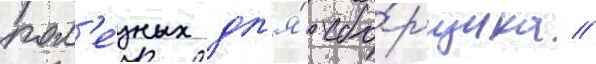
пол'е́зных дл'я́ сбо́рщика //